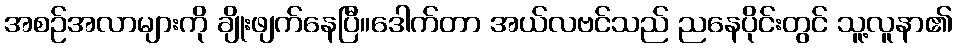
အစဉ်အလာများကို ချိုးဖျက်နေပြီ။ဒေါက်တာ အယ်လဗင်သည် ညနေပိုင်းတွင် သူ့လူနာ၏